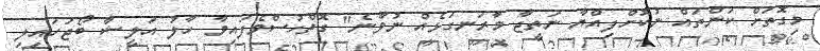
މިގޮތަށް ކަންތައް ނުކޮށްފިއްޔާ ނަތީޖާ މާރަނގަޅެއް ނުވާނެ" ގޮތްހުސްވެފައިވާ ހާލު އަލީޝާ ބޯޖަހައިލި